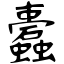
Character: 蠹